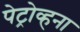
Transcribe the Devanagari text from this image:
पेट्रोव्हना